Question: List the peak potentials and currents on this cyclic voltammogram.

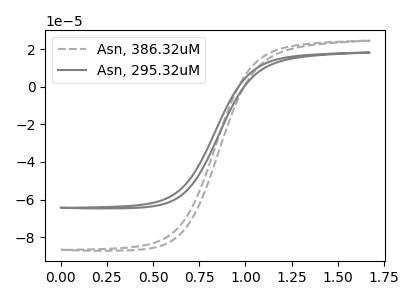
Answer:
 <answer>The gray dashed curve "Asn, 386.32uM" has no peaks. The gray curve "Asn, 295.32uM" has no peaks.</answer>
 <eval></eval>